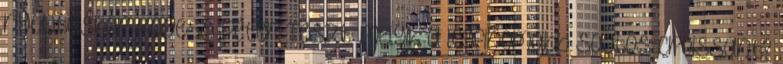
nyújtáskor Kövess Péter Teszt: melyik a legfinomabb sajtos croissant?